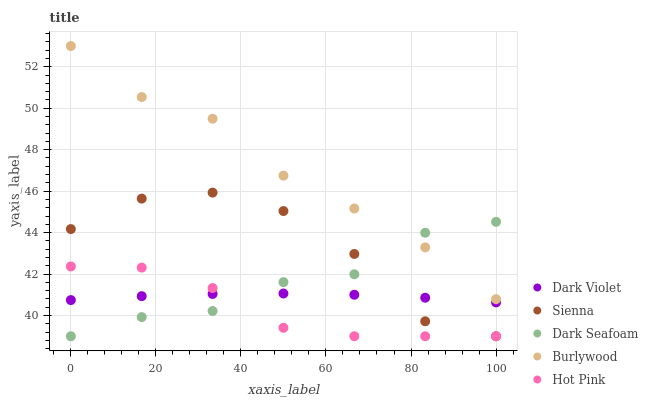
| xaxis_label | Dark Violet | Sienna | Dark Seafoam | Burlywood | Hot Pink |
 | --- | --- | --- | --- | --- | --- |
 | 0 | 40.7 | 44.2 | 39 | 53 | 42.4 |
 | 16.7 | 40.9 | 45.6 | 39.9 | 50.5 | 42.3 |
 | 33.3 | 41 | 45.9 | 40.2 | 49.5 | 41.3 |
 | 50 | 41.1 | 45 | 41.6 | 46.7 | 39.4 |
 | 66.7 | 41 | 43 | 42 | 45.2 | 39 |
 | 83.3 | 40.9 | 39.7 | 44 | 43.3 | 39 |
 | 100 | 40.6 | 39 | 44.5 | 40.8 | 39 |